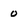
Character: o